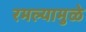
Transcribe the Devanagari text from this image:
रमल्यामुळे